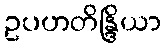
ဥပဟတိန္ဒြိယာ